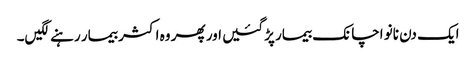
ایک دن نانو اچانک بیمار پڑگئیں اور پھر وہ اکثر بیمار رہنے لگیں۔